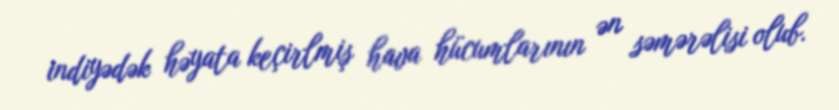
indiyədək həyata keçirlmiş hava hücumlarının ən səmərəlisi olub.